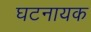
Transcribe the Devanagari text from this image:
घटनायक